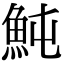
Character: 魨